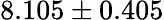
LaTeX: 8.105\pm 0.405